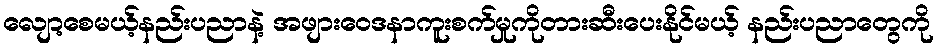
လျော့စေမယ့်နည်းပညာနဲ့ အဖျားဝေဒနာကူးစက်မှုကိုတားဆီးပေးနိုင်မယ့် နည်းပညာတွေကို